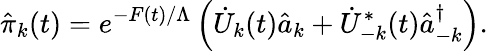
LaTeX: \hat{\pi}_{k}(t)=e^{-F(t)/\Lambda}\left(\dot{U}_{k}(t)\hat{a}_{k}+\dot{U}_{-k}^{*}(t)\hat{a}_{-k}^{\dagger}\right).